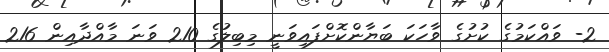
2- ވައްކަމުގެ ކުށުގެ ވާހަކަ ބަޔާންކޮށްފައިވަނީ މިބިލުގެ 210 ވަނަ މާއްދާއިން 216